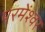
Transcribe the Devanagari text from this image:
परमेंश्वर